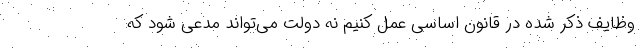
وظایف ذکر شده در قانون اساسی عمل کنیم نه دولت می‌تواند مدعی شود که